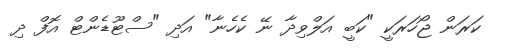
ކަރަން ޖޯހަރަކީ "ކަބީ އަލްވިދާ ނޭ ކެހެނާ" އަދި "ސްޓޫޑެންޓް އޮފް ދި